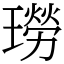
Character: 𤩂